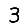
Digit: 3